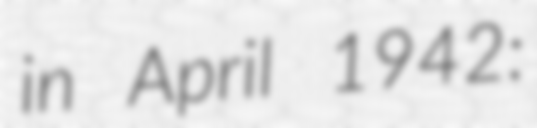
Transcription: in April 1942: